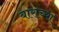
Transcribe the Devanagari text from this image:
बाराच्या